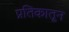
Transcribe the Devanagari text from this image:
प्रतिकातून